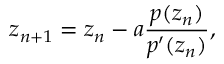
z _ { n + 1 } = z _ { n } - a \frac { p ( z _ { n } ) } { p ^ { \prime } ( z _ { n } ) } ,